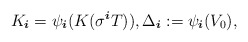
\begin{align*} K_{\boldsymbol{i} } = \psi_{ \boldsymbol{i} } (K(\sigma^ { \boldsymbol{i} } T)), \Delta_{ \boldsymbol{i} } := \psi_{ \boldsymbol{i} } (V_0),\end{align*}